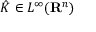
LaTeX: { \hat { K } } \in L ^ { \infty } ( \mathbf { R } ^ { n } )